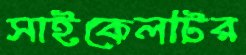
সাইকেলটির